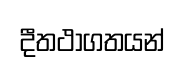
දීතථාගතයන්